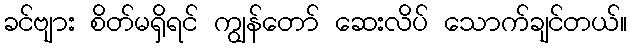
ခင်ဗျား စိတ်မရှိရင် ကျွန်တော် ဆေးလိပ် သောက်ချင်တယ်။